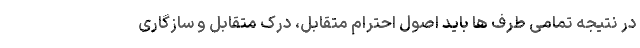
در نتیجه تمامی طرف ها باید اصول احترام متقابل، درک متقابل و سازگاری